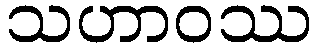
သဟာဝဿ